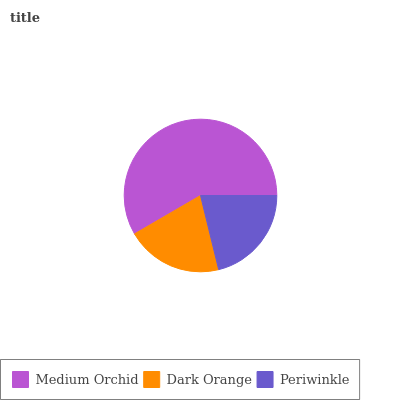
| Medium Orchid | Dark Orange | Periwinkle |
 | --- | --- | --- |
 | 58.4% | 20.4% | 21.2% |